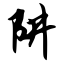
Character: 阱